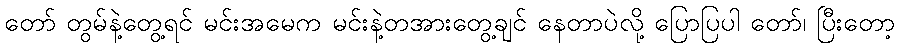
တော် တွမ်နဲ့တွေ့ရင် မင်းအမေက မင်းနဲ့တအားတွေ့ချင် နေတာပဲလို့ ပြောပြပါ တော်၊ ပြီးတော့